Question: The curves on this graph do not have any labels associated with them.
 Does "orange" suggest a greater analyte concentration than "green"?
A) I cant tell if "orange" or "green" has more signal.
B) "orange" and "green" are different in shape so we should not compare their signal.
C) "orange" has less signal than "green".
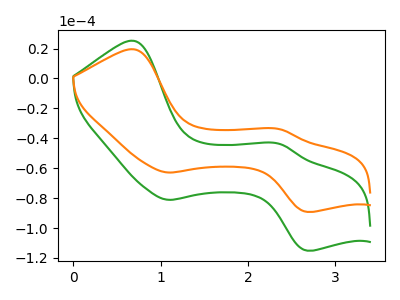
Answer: <think>The green curve "green" has anodic peaks at (0.70V, 25.15uA) (2.35V, -43.80uA) and cathodic peaks at (1.10V, -81.10uA) (2.65V, -115.10uA). The orange curve "orange" has anodic peaks at (0.70V, 19.50uA) (2.35V, -33.95uA) and cathodic peaks at (1.10V, -62.85uA) (2.65V, -89.20uA).
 All the peaks in "orange" have a peak in "green" at the same potential.</think>
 <answer>A) I cant tell if "orange" or "green" has more signal.</answer>
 <eval>A</eval>